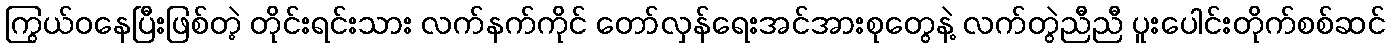
ကြွယ်ဝနေပြီးဖြစ်တဲ့ တိုင်းရင်းသား လက်နက်ကိုင် တော်လှန်ရေးအင်အားစုတွေနဲ့ လက်တွဲညီညီ ပူးပေါင်းတိုက်စစ်ဆင်